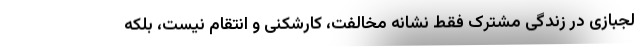
لجبازی در زندگی مشترک فقط نشانه مخالفت، کارشکنی و انتقام نیست، بلکه